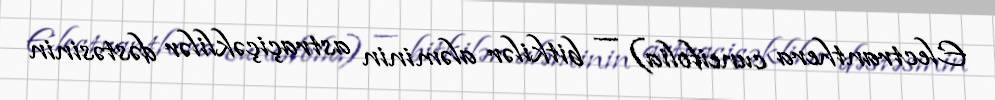
Electranthera cuneifolia) — bitkilər aləminin astraçiçəklilər dəstəsinin